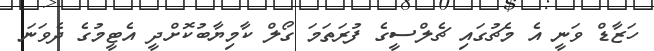
ހަޒާޑް ވަނީ އެ މެޗުގައި ޗެލްސީގެ ފުރަތަމަ ގޯލް ކާމިޔާބުކޮށްދީ އެޓީމުގެ ދެވަނަ